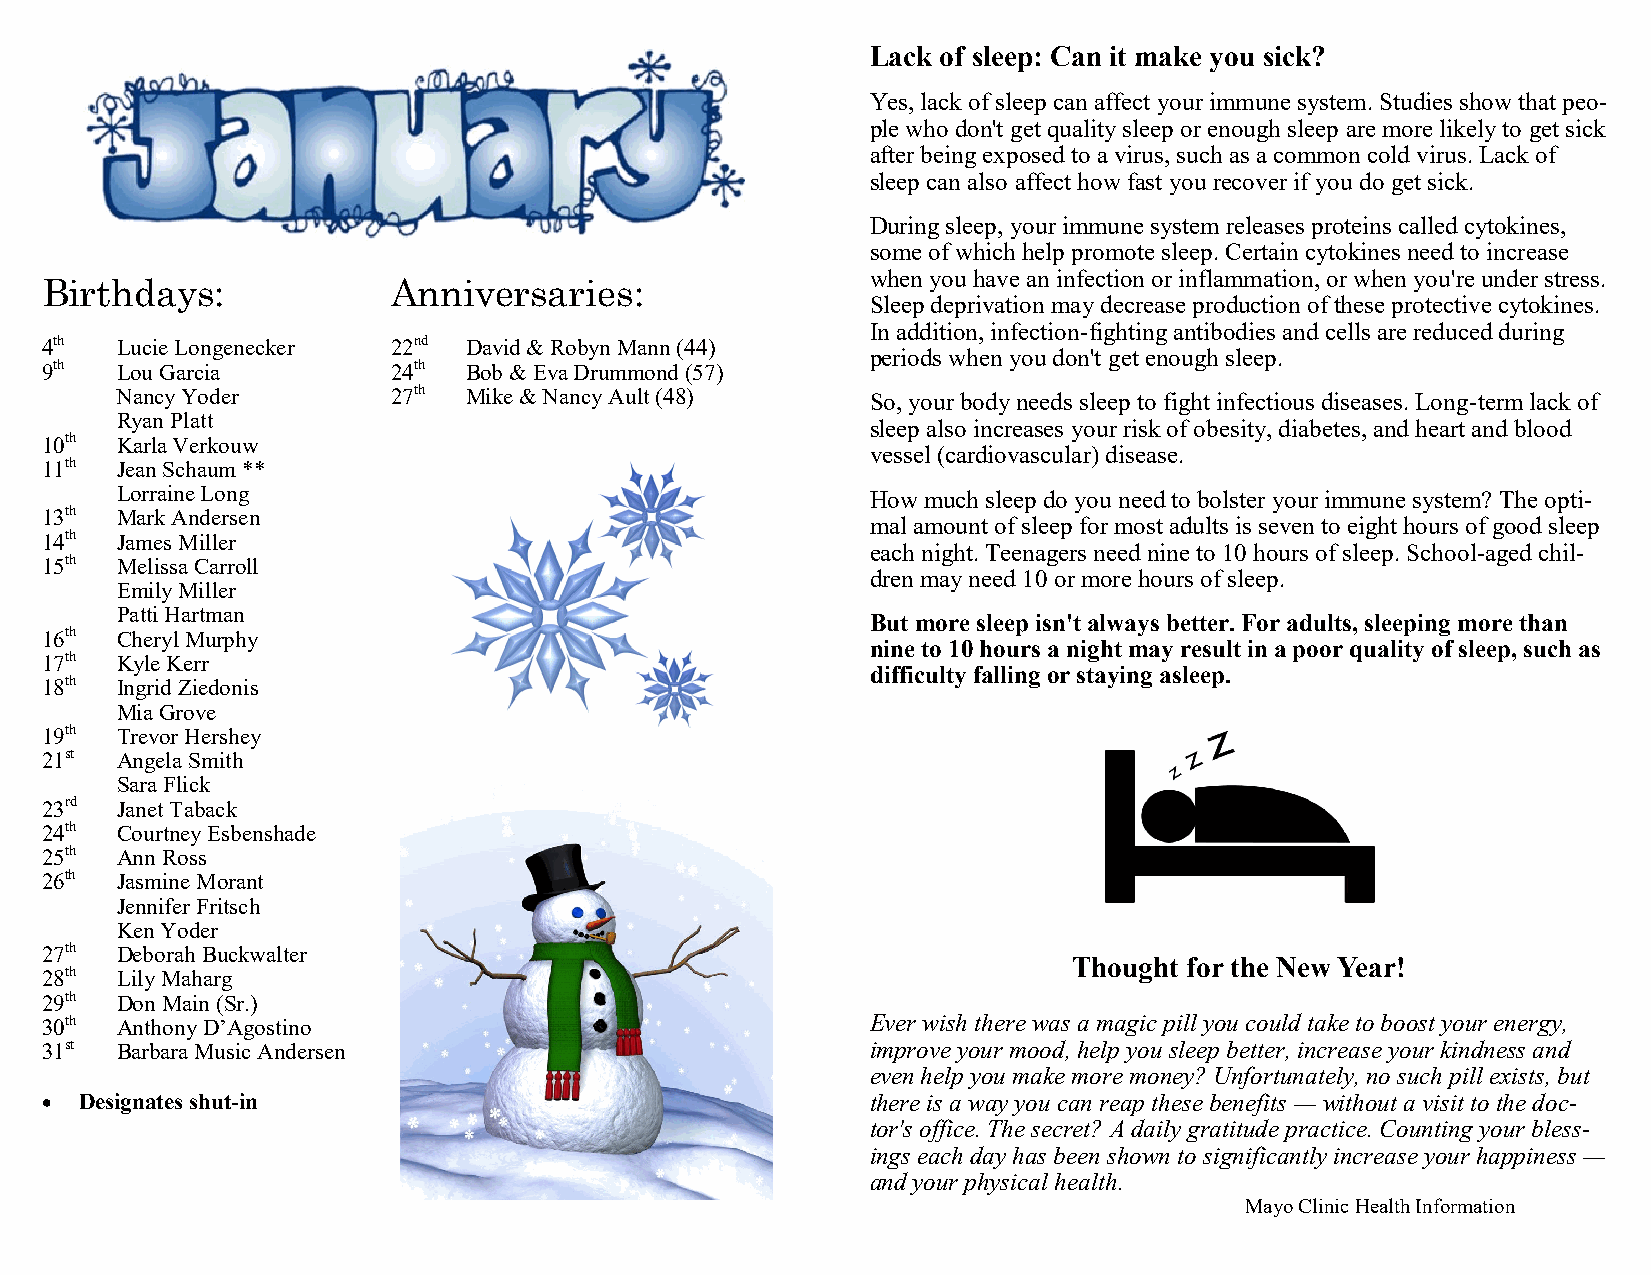
Lack of sleep: Can it make you sick?
 Yes, lack of sleep can affect your immune system. Studies show that peo-
 ple who don't get quality sleep or enough sleep are more likely to get sick
 after being exposed to a virus, such as a common cold virus. Lack of
 sleep can also affect how fast you recover if you do get sick.
 During sleep, your immune system releases proteins called cytokines,
 some of which help promote sleep. Certain cytokines need to increase
 when you have an infection or inflammation, or when you're under stress.
 Birthdays:             Anniversaries:
 Sleep deprivation may decrease production of these protective cytokines.
 In addition, infection-fighting antibodies and cells are reduced during
 4th  Lucie Longenecker 22nd David & Robyn Mann (44)
 periods when you don't get enough sleep.
 9th  Lou Garcia        24th Bob & Eva Drummond (57)
 Nancy Yoder       27th Mike & Nancy Ault (48)     So, your body needs sleep to fight infectious diseases. Long-term lack of
 Ryan Platt
 sleep also increases your risk of obesity, diabetes, and heart and blood
 10th Karla Verkouw
 vessel (cardiovascular) disease.
 11th Jean Schaum **
 Lorraine Long                                     How much sleep do you need to bolster your immune system? The opti-
 13th Mark Andersen
 mal amount of sleep for most adults is seven to eight hours of good sleep
 14th James Miller
 each night. Teenagers need nine to 10 hours of sleep. School-aged chil-
 15th Melissa Carroll
 dren may need 10 or more hours of sleep.
 Emily Miller
 Patti Hartman
 But more sleep isn't always better. For adults, sleeping more than
 16th Cheryl Murphy
 nine to 10 hours a night may result in a poor quality of sleep, such as
 17th Kyle Kerr
 difficulty falling or staying asleep.
 18th Ingrid Ziedonis
 Mia Grove
 19th Trevor Hershey
 21st Angela Smith
 Sara Flick
 23rd Janet Taback
 24th Courtney Esbenshade
 25th Ann Ross
 26th Jasmine Morant
 Jennifer Fritsch
 Ken Yoder
 27th Deborah Buckwalter
 Thought for the New Year!
 28th Lily Maharg
 29th Don Main (Sr.)
 30th Anthony D’Agostino                                Ever wish there was a magic pill you could take to boost your energy,
 31st Barbara Music Andersen                            improve your mood, help you sleep better, increase your kindness and
 even help you make more money? Unfortunately, no such pill exists, but
 • Designates shut-in                                   there is a way you can reap these benefits — without a visit to the doc-
 tor's office. The secret? A daily gratitude practice. Counting your bless-
 ings each day has been shown to significantly increase your happiness —
 and your physical health.
 Mayo Clinic Health Information